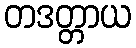
တဒတ္တာယ